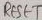
Text: RESET